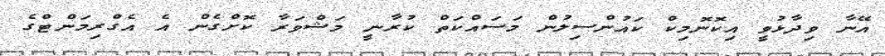
އޭނާ ވިދާޅުވީ އިކޮނޮމިކް ކައުންސިލުން މަސައްކަތް ކުރާނީ މަޝްވަރާ ކޮށްގެން އެ އެގްރިމަންޓްގެ